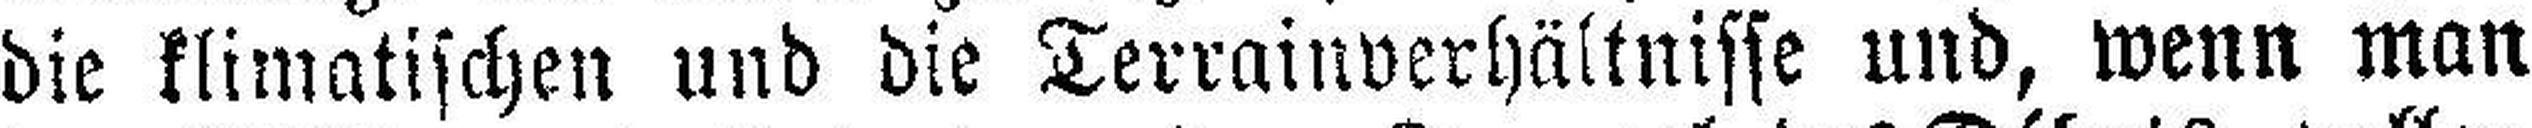
die klimatischen und die Terrainverhältnisse und, wenn man